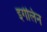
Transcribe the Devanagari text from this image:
इगेलिन